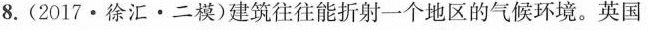
8.(2017·徐汇·二模)建筑往往能折射一个地区的气候环境。英国